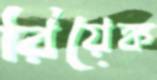
রিয়েঙ্ক